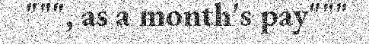
""", as a month's pay"""